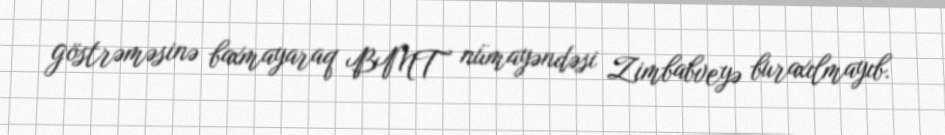
göstrəməsinə baxmayaraq BMT nümayəndəsi Zimbabveyə buraxılmayıb.